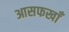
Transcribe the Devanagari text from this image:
आसफखाँ